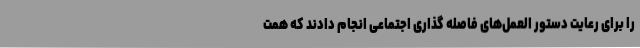
را برای رعایت دستور العمل‌های فاصله گذاری اجتماعی انجام دادند که همت